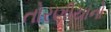
તોરણીયાનો